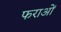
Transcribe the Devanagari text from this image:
फराओं